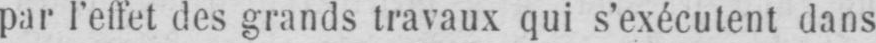
par l’effet des grands travaux qui s’exécutent dans